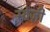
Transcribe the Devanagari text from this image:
स्वेज़ी